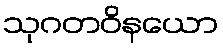
သုဂတဝိနယော